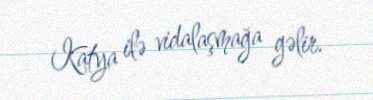
Katya ilə vidalaşmağa gəlir.